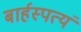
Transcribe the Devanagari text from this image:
बार्हस्पत्यं